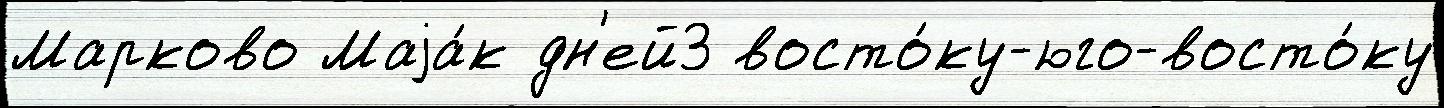
Марково Маjа́к дн'ей3 восто́ку-юго-восто́ку